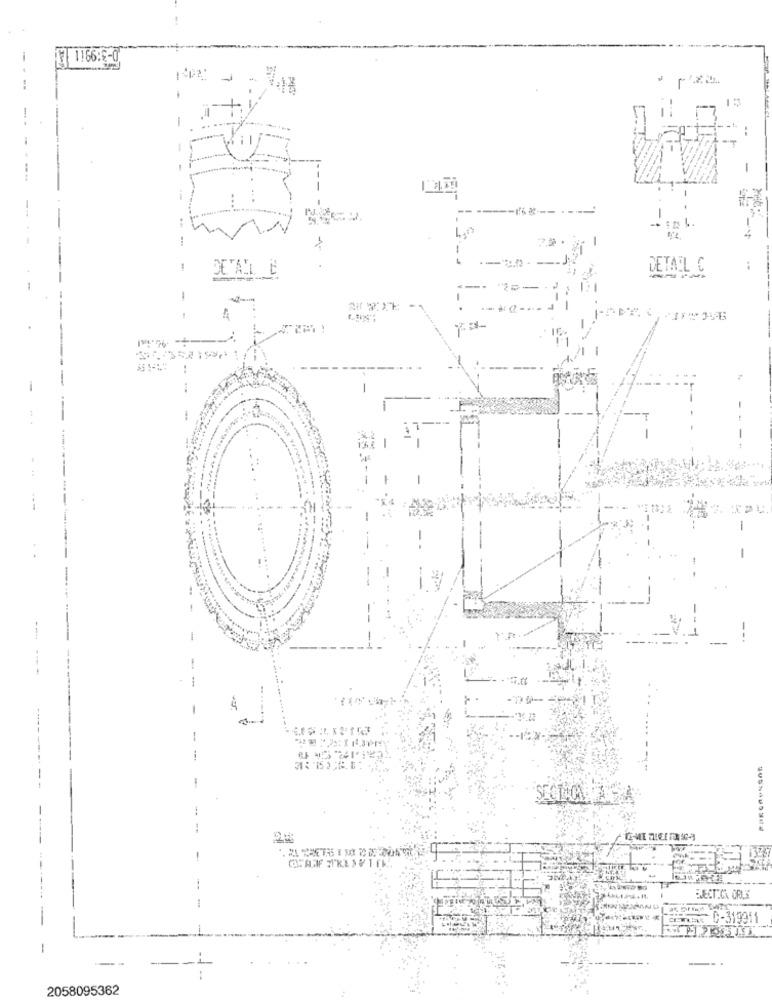
1166:5-0
1
4,0
DETAIL C
:
-
-
- --
-
----
EJECTICA OFUS
= C-319911
2058095362